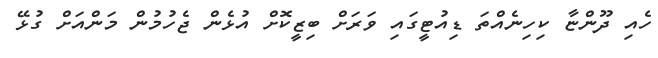
ހެއި ދޫންޏާ ކިހިނެއްތަ ޑިއުޓީގައި ވަރަށް ބިޒީކޮށް އުޅެން ޖެހުމުން މަންއަށް ގުޅޭ